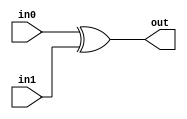
module TC_Xor(in0, in1, out);
    parameter UUID = 0;
    parameter NAME = "";
    parameter BIT_WIDTH = 1;
    input [BIT_WIDTH-1:0] in0;
    input [BIT_WIDTH-1:0] in1;
    output [BIT_WIDTH-1:0] out;
    
    assign out = in0 ^ in1;
endmodule